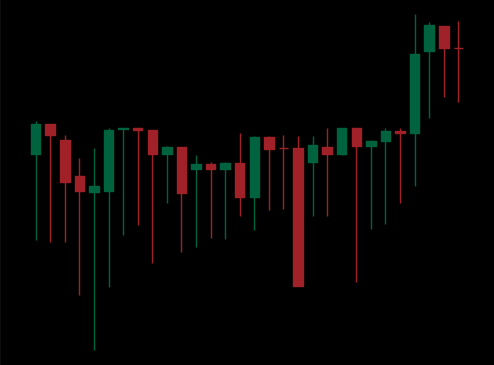
Pattern: unclassified